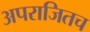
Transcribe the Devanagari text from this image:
अपराजितच